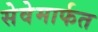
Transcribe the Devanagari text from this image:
सेवेमार्फत